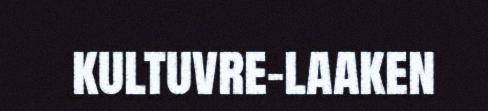
kultuvre-laaken